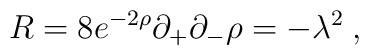
R=8e^{-2\rho}\partial_+\partial_-\rho=-\lambda^2\>,